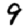
Digit: 9